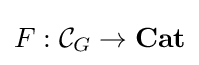
F:{\mathcal {C}}_{G}\to \mathbf {Cat}